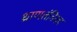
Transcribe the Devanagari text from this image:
ध्राणतंत्रिका